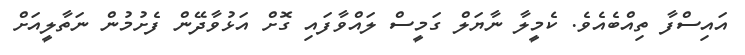
އައިސްފާ ތިއްބެއެވެ. ކެމީލާ ނާޔަލް ގަމީސް ލައްވާފައި ގޮށް އަޅުވާދޭން ފެށުމުން ނަތާލީއަށް